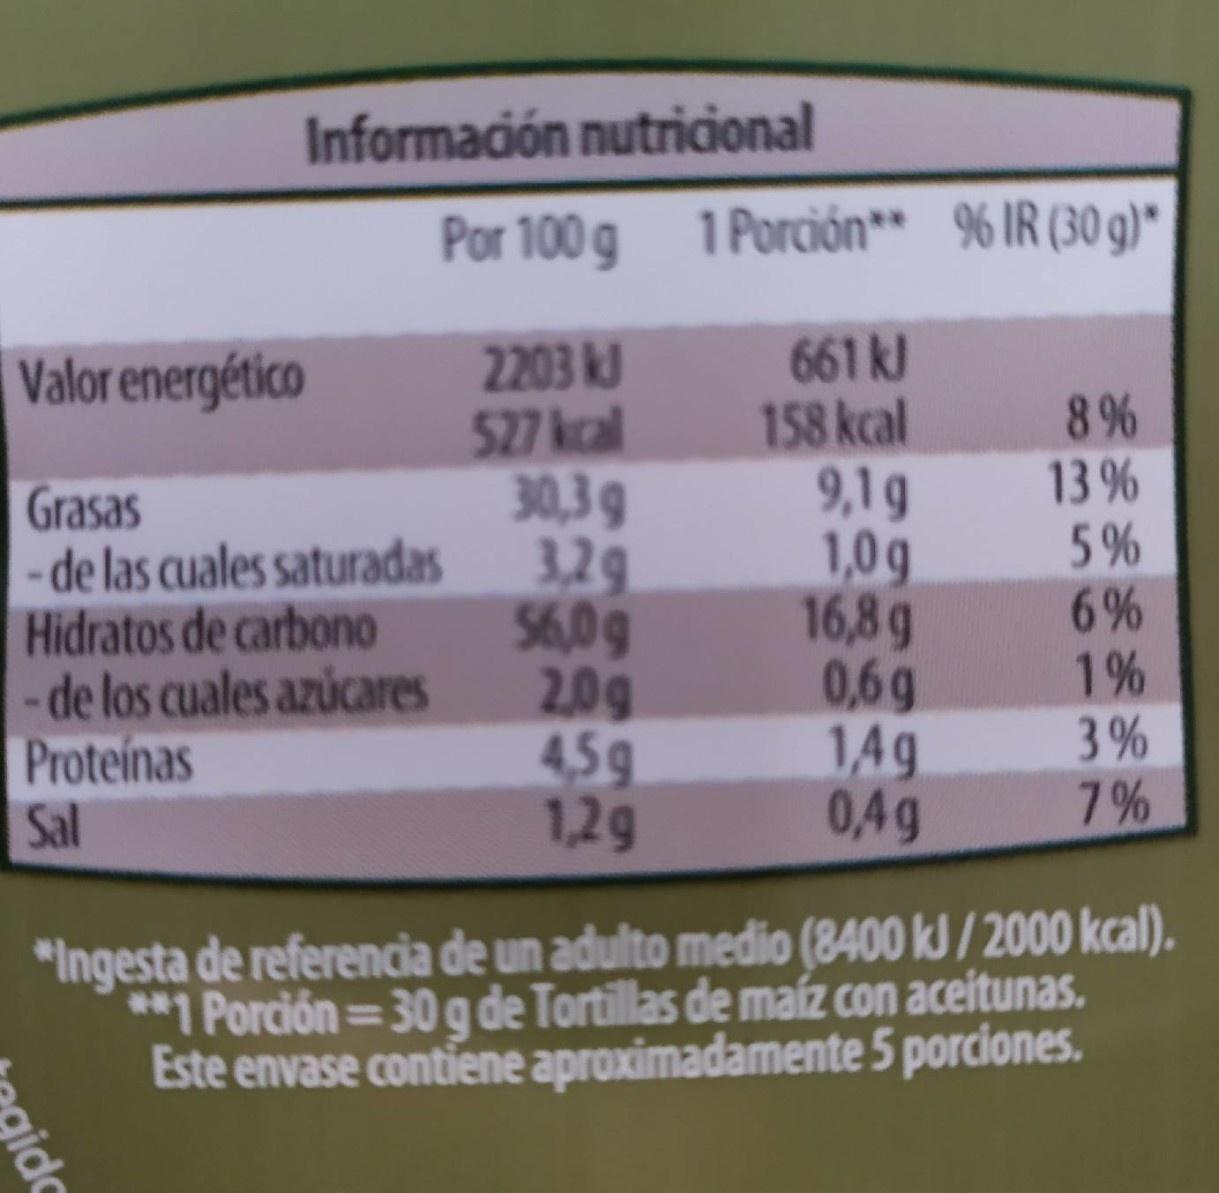
Información nutricional
Por 100 g
1 Porción** % IR (30 g)*
2203 kJ 527 kcal 30,3 g - de las cuales saturadas 3,29 56,0g 2,0g 4,5g 1,2g
661 kl 158 kcal 9,1g 1,0g 16,8g 0,6g 14g 0,4g
Valor energético
8 % 13 % 5% 6% 1% 3% 7%
Grasas
Hidratos de carbono - de los cuales azúcares Proteinas Sal
"Ingesta de referencia de un adulto medio (8400 kJ / 2000 kcal). **1 Porción=30 g de Tortillas de maíz con aceitunas. Este envase contiene aproximadamente 5 porciones.
%D
gidc